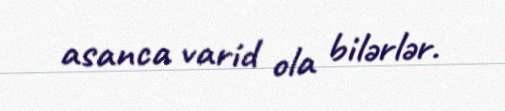
asanca varid ola bilərlər.